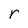
Character: r